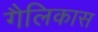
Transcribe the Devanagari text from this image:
गैलिकास